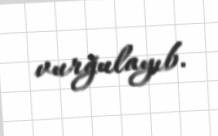
vurğulayıb.